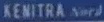
KENITRA Nord